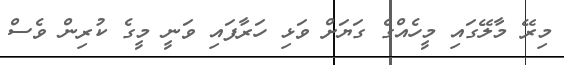
މިރޭ މާލޭގައި މީހެއްގެ ގަޔަށް ވަޅި ހަރާފައި ވަނީ މީގެ ކުރިން ވެސް